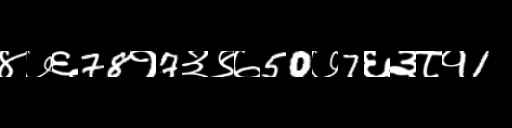
Text: ४७६78१7३९७50७7६३८१1